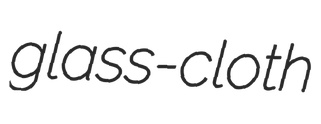
glass-cloth